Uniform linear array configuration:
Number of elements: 12
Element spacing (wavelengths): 0.25
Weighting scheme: blackman
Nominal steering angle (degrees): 15
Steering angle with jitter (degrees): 15.483
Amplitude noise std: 0.05
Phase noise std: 0.05

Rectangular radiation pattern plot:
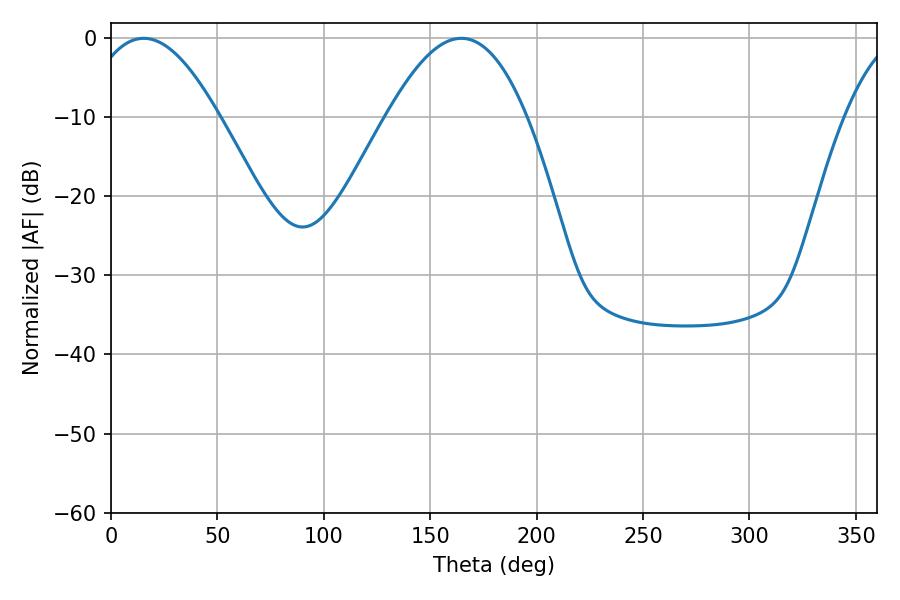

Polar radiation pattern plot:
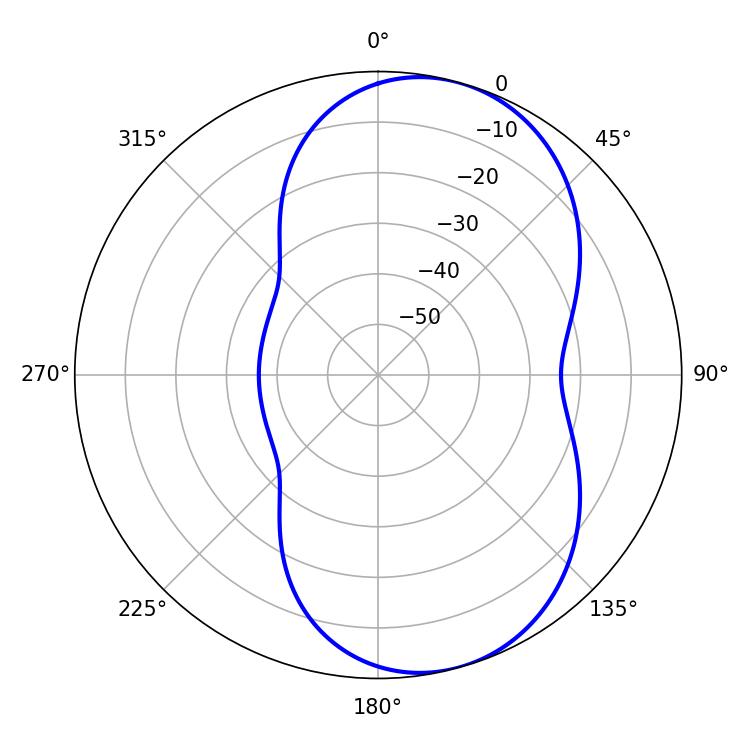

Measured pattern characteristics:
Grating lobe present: FALSE
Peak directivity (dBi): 7.143
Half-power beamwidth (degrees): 34.02
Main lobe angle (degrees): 15.3